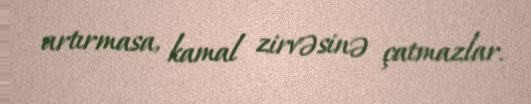
artırmasa, kamal zirvəsinə çatmazlar.